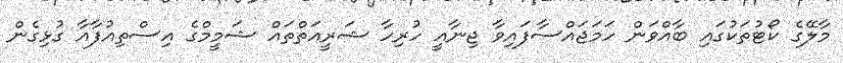
މާލޭގެ ކޯޓުތަކުގައި ބާއްވަން ހަމަޖައްސާފައިވާ ޖިނާއީ ހުރިހާ ޝަރީއަތްތައް ޝަމީމްގެ އިސްތިއުފާއާ ގުޅިގެން